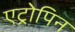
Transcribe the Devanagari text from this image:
एट्रोपिन